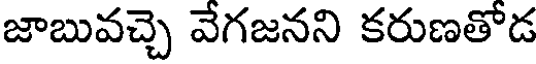
జాబువచ్చె వేగజనని కరుణతోడ